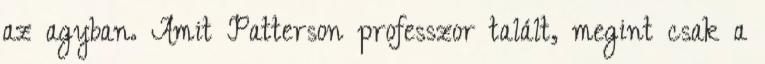
az agyban. Amit Patterson professzor talált, megint csak a